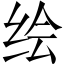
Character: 绘